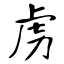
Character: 虏